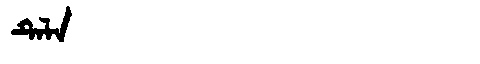
Manchu: ᡨᡝᠯᠠ
Romanization: TELA